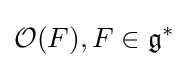
{\mathcal {O}}(F),F\in {\mathfrak {g}}^{*}